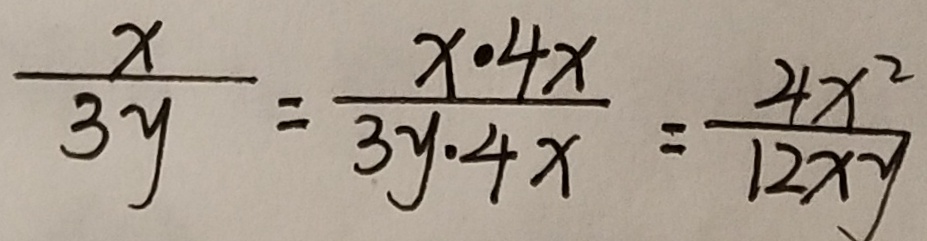
\frac { x } { 3 y } = \frac { x \cdot 4 x } { 3 y \cdot 4 x } = \frac { 4 x ^ { 2 } } { 1 2 x y }